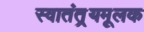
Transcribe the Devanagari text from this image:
स्वातंत््रयमूलक